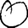
Digit: 0